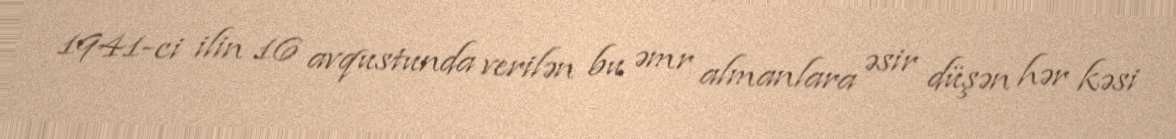
1941-ci ilin 16 avqustunda verilən bu əmr almanlara əsir düşən hər kəsi